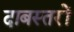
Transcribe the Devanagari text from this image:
दाबस्तरों